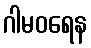
ဂါမဝရေန